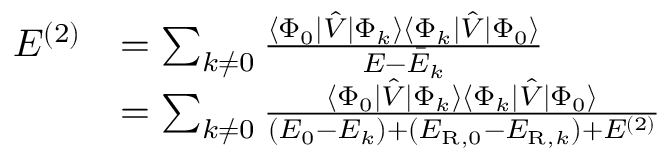
\begin{array} { r l } { E ^ { ( 2 ) } } & { = \sum _ { k \neq 0 } \frac { \langle \Phi _ { 0 } | \hat { V } | \Phi _ { k } \rangle \langle \Phi _ { k } | \hat { V } | \Phi _ { 0 } \rangle } { E - \bar { E } _ { k } } } \\ & { = \sum _ { k \neq 0 } \frac { \langle \Phi _ { 0 } | \hat { V } | \Phi _ { k } \rangle \langle \Phi _ { k } | \hat { V } | \Phi _ { 0 } \rangle } { ( E _ { 0 } - E _ { k } ) + ( E _ { \mathrm { R } , 0 } - E _ { \mathrm { R } , k } ) + E ^ { ( 2 ) } } } \end{array}